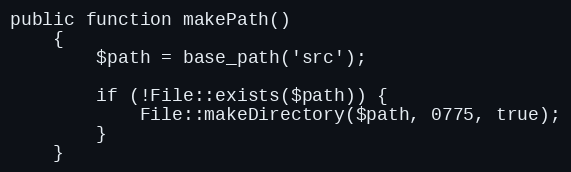
Language: PHP
public function makePath()
    {
        $path = base_path('src');

        if (!File::exists($path)) {
            File::makeDirectory($path, 0775, true);
        }
    }